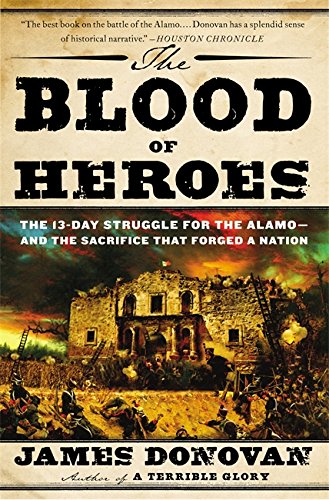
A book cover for The Blood of Heroes: The 13-Day Struggle for the Alamo--and the Sacrifice That Forged a Nation; James Donovan; History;